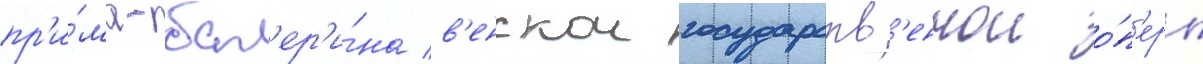
пр'и́ма-бал'ер'и́на в'енскои государств'еннои о́п'еры